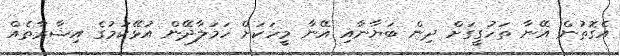
އެގޮތުން އޭނާ ތަހުގީގަށް ދިން ބަޔާނާއި އޭނާ މީހަކަށް ހަމަލާދޭން އުޅޭކަމުގެ އިޝާރާތެއް